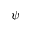
\psi